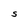
Character: S